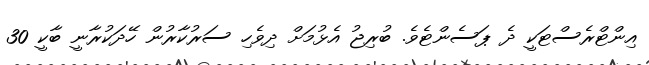
އިންޓްރެސްޓަކީ ދެ ޕަސެންޓެވެ. ބުރިޖު އެޅުމަށް ދިވެހި ސަރުކާރުން ހޭދަކުރާނީ ބާކީ 30